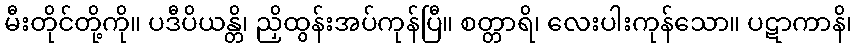
မီးတိုင်တို့ကို။ ပဒီပိယန္တိ၊ ညှိထွန်းအပ်ကုန်ပြီ။ စတ္တာရိ၊ လေးပါးကုန်သော။ ပဋာကာနိ၊